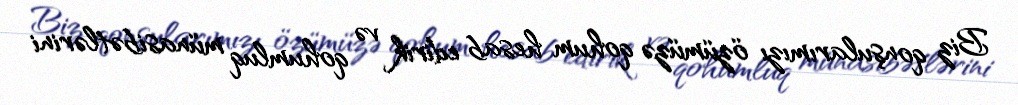
Biz qonşularımızı özümüzə qohum hesab edirik və qohumluq münasibətlərini